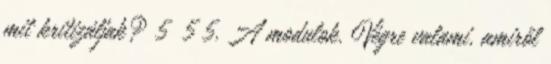
mit kritizáljak? 5 5 5. A modulok. Végre valami, amiről